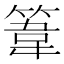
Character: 𥯤